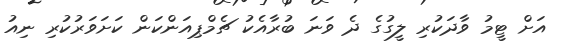
އަށް ޓީމު ވާދަކުރި ލީގުގެ ދެ ވަނަ ބުރާއެކު ޗެމްޕިއަންކަން ކަށަވަރުކުރި ނިއު